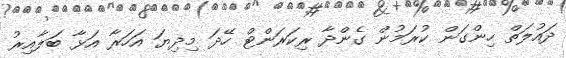
ދައުލަތް ހިންގަން ކުރަމުން ގެންދާ ރިކަރަންޓް ހޭދަ މިދިޔަ އަހަރާ އަޅާ ބަލާއިރު